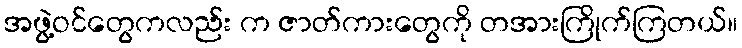
အဖွဲ့ဝင်တွေကလည်း က ဇာတ်ကားတွေကို တအားကြိုက်ကြတယ်။